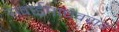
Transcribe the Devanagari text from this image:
सवाईमाधवराव